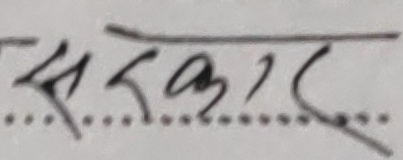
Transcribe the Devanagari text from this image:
सरकार